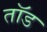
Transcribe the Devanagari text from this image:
तॉड